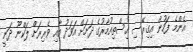
އެންމެ ފަހުން އިގިރޭސި އިސްތިއުމާރުގެ ދަށަށް އަވަދު އާއި ވެރިރަށް ލަކްނޫ ދަނީ